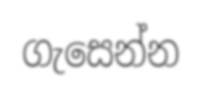
ගැසෙන්න